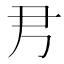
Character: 𡰧